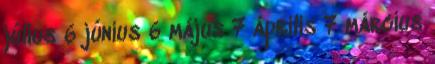
július 6 június 6 május 7 április 7 március